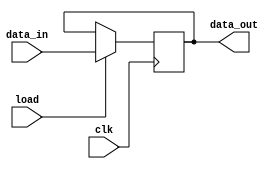
`timescale 1ns / 1ps
//////////////////////////////////////////////////////////////////////////////////
// Company: 
// Engineer: 
// 
// Design Name: 
// Module Name:    PIPO 
// Project Name: 
// Target Devices: 
// Tool versions: 
// Description: 
//
// Dependencies: 
//
// Revision: 
// Revision 0.01 - File Created
// Additional Comments: 
//
//////////////////////////////////////////////////////////////////////////////////
module PIPO(data_out,data_in,load,clk);
input[15:0] data_in;
input load,clk;
output reg[15:0] data_out;
always@(posedge clk)
if(load)data_out<=data_in;
endmodule